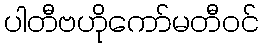
ပါတီဗဟိုကော်မတီဝင်